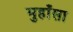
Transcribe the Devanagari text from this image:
मुहाँसा